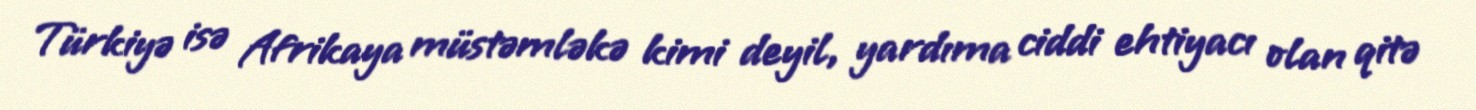
Türkiyə isə Afrikaya müstəmləkə kimi deyil, yardıma ciddi ehtiyacı olan qitə